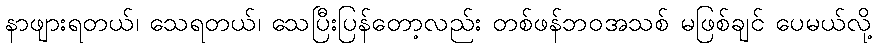
နာဖျားရတယ်၊ သေရတယ်၊ သေပြီးပြန်တော့လည်း တစ်ဖန်ဘဝအသစ် မဖြစ်ချင် ပေမယ်လို့